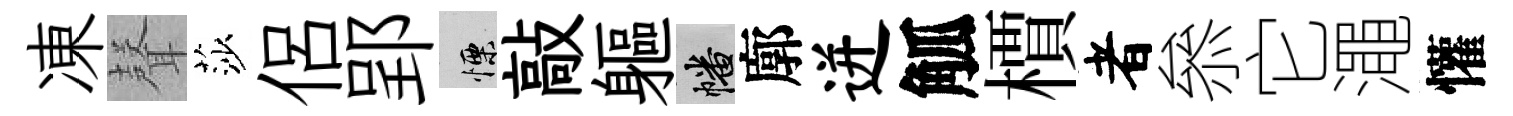
凍𮋻莎侶郢慄敲軀幡廓迸觚檟者叅它澠懽